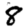
Digit: 8